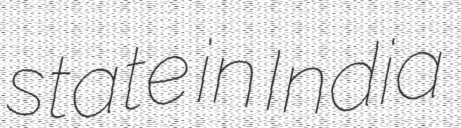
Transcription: state in India